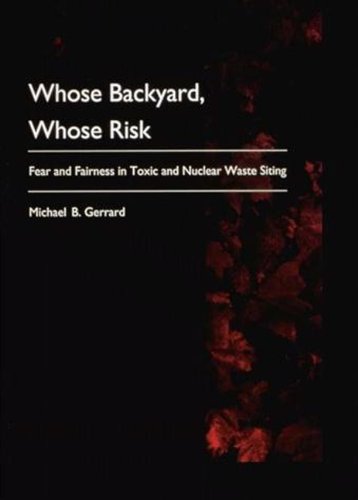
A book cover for Whose Backyard, Whose Risk: Fear and Fairness in Toxic and Nuclear Waste Siting; Michael B. Gerrard; Science & Math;